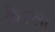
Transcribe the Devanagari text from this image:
कॆल्ला